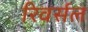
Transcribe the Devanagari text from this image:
रिवर्सल